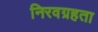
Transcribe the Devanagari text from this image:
निरवग्रहता